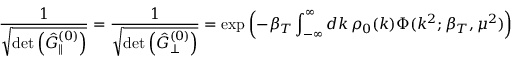
\frac { 1 } { \sqrt { \operatorname * { d e t } \left( \hat { { \cal G } } _ { \parallel } ^ { ( 0 ) } \right) } } = \frac { 1 } { \sqrt { \operatorname * { d e t } \left( \hat { { \cal G } } _ { \perp } ^ { ( 0 ) } \right) } } = \exp \left( - \beta _ { T } \int _ { - \infty } ^ { \infty } d k \, \rho _ { 0 } ( k ) \Phi ( k ^ { 2 } ; \beta _ { T } , \mu ^ { 2 } ) \right)